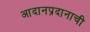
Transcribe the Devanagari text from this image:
आदानप्रदानाची